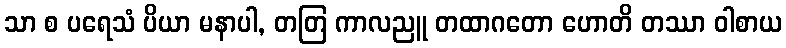
သာ စ ပရေသံ ပိယာ မနာပါ, တတြ ကာလညူ တထာဂတော ဟောတိ တဿာ ဝါစာယ